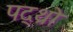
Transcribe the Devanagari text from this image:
पद्थ्रो